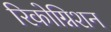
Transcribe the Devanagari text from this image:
रिकोग्निशन